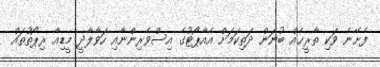
ފެށޭނެ ވަކި ތާރީޚެއް ބުނަން ދަތިކަމަށް އެއާޕޯޓުގެ އިސްވެރިންނާއި ހަވާލާދީ މީޑިއާ ރިޕޯތުތައް